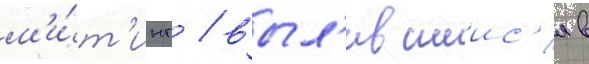
м'и́т'инг / выл'ившиис'я в